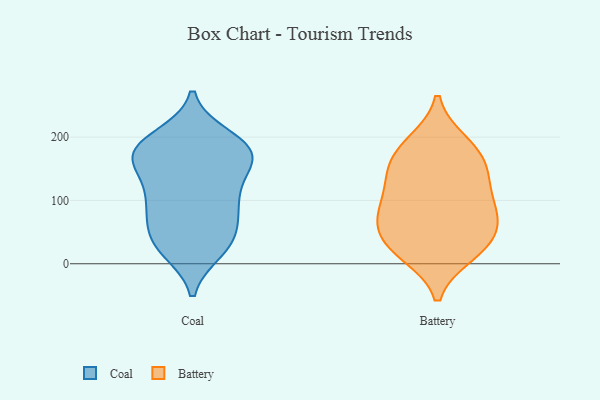
{"axis": {"x": "Gross Profit (USD K)", "y": "Value"}, "legend": ["Battery", "Coal"], "data": [{"x": "", "y": 36, "type": "Coal"}, {"x": "", "y": 27, "type": "Coal"}, {"x": "", "y": 172, "type": "Coal"}, {"x": "", "y": 91, "type": "Coal"}, {"x": "", "y": 170, "type": "Coal"}, {"x": "", "y": 99, "type": "Coal"}, {"x": "", "y": 174, "type": "Coal"}, {"x": "", "y": 187, "type": "Coal"}, {"x": "", "y": 83, "type": "Coal"}, {"x": "", "y": 141, "type": "Coal"}, {"x": "", "y": 170, "type": "Coal"}, {"x": "", "y": 35, "type": "Coal"}, {"x": "", "y": 52, "type": "Coal"}, {"x": "", "y": 96, "type": "Coal"}, {"x": "", "y": 22, "type": "Coal"}, {"x": "", "y": 187, "type": "Coal"}, {"x": "", "y": 125, "type": "Coal"}, {"x": "", "y": 199, "type": "Coal"}, {"x": "", "y": 172, "type": "Coal"}, {"x": "", "y": 168, "type": "Battery"}, {"x": "", "y": 133, "type": "Battery"}, {"x": "", "y": 191, "type": "Battery"}, {"x": "", "y": 186, "type": "Battery"}, {"x": "", "y": 37, "type": "Battery"}, {"x": "", "y": 67, "type": "Battery"}, {"x": "", "y": 99, "type": "Battery"}, {"x": "", "y": 20, "type": "Battery"}, {"x": "", "y": 30, "type": "Battery"}, {"x": "", "y": 138, "type": "Battery"}, {"x": "", "y": 149, "type": "Battery"}, {"x": "", "y": 76, "type": "Battery"}, {"x": "", "y": 90, "type": "Battery"}, {"x": "", "y": 67, "type": "Battery"}, {"x": "", "y": 16, "type": "Battery"}]}